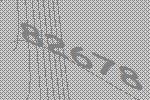
82678